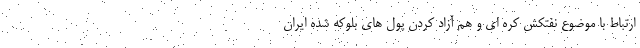
ارتباط با موضوع نفتکش کره ای و هم آزاد کردن پول های بلوکه شده ایران